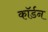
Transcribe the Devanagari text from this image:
कॉर्डन